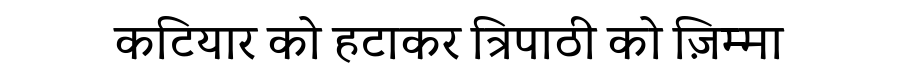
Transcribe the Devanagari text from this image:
कटियार को हटाकर त्रिपाठी को ज़िम्मा